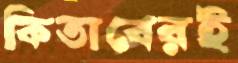
কিতাবেরই